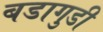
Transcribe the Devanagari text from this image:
बडागुडी